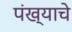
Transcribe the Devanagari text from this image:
पंख्याचे